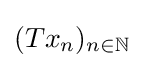
(Tx_{n})_{n\in \mathbb {N} }